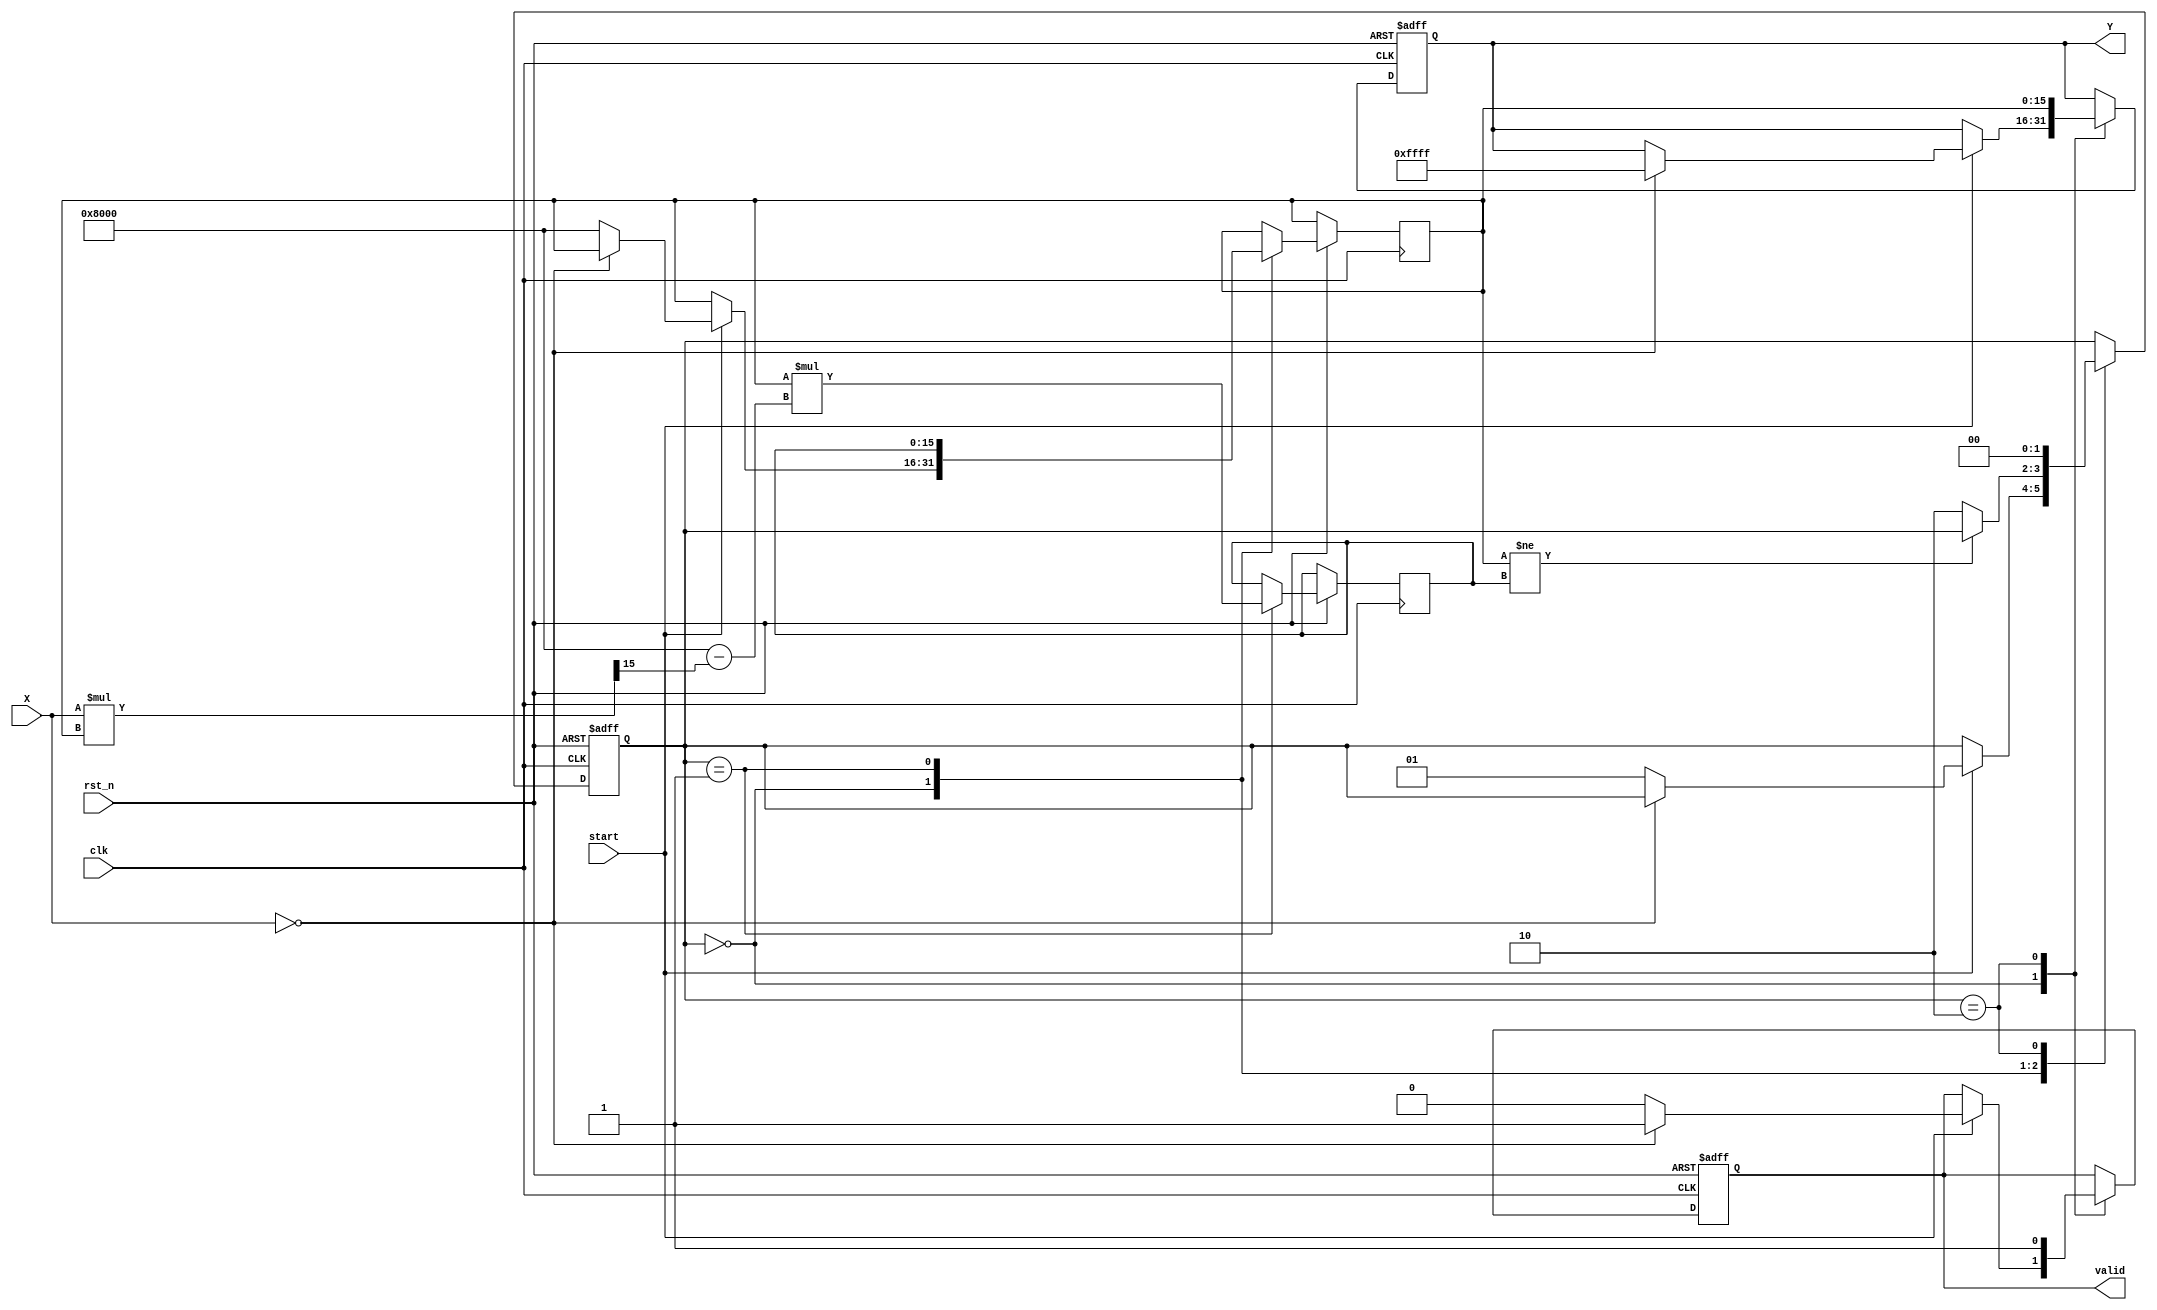
module binary_fractional_reciprocal (
    input  wire         clk,       // Clock signal
    input  wire         rst_n,     // Asynchronous active-low reset
    input  wire [15:0]  X,         // 16-bit fixed-point input in [0, 1)
    input  wire         start,      // Start signal for computation
    output reg  [15:0]  Y,         // 16-bit fixed-point output in [1, )
    output reg          valid       // Output valid signal
);

    reg [15:0] approx; // Approximation of the reciprocal
    reg [1:0] state;   // State of the FSM
    reg [15:0] next_approx; // Next approximation in the iteration

    localparam IDLE    = 2'b00,
               COMPUTE = 2'b01,
               DONE    = 2'b10;

    // Check for zero input and handle appropriately
    always @(posedge clk or negedge rst_n) begin
        if (!rst_n) begin
            state <= IDLE;
            valid <= 0;
            Y <= 16'hFFFF; // Indicate error (maximum output for invalid input)
        end else begin
            case (state)
                IDLE: begin
                    if (start) begin
                        if (X == 16'b0) begin
                            Y <= 16'hFFFF; // Return maximum value for divide by zero
                            valid <= 1;
                        end else begin
                            approx <= 16'h8000; // Initial approximation (1/2)
                            state <= COMPUTE;
                            valid <= 0; // Output not valid until computation is done
                        end
                    end
                end
                
                COMPUTE: begin
                    // Newton-Raphson iteration: next_approx = approx * (2 - X * approx)
                    next_approx <= approx * (16'h8000 - (X * approx >> 15)); // Shift for fixed-point
                    approx <= next_approx;
                    
                    // For simplicity, we can run a fixed number of iterations
                    // (In a real design, you may want to implement a counter or a specific convergence check)
                    if (approx != next_approx) begin
                        // Still converging
                    end else begin
                        state <= DONE;
                    end
                end
                
                DONE: begin
                    Y <= approx; // Output the final approximation
                    valid <= 1; // Indicate that output is valid
                    state <= IDLE; // Reset to idle state
                end
            endcase
        end
    end
endmodule